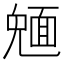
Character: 𩈠